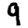
Digit: 9